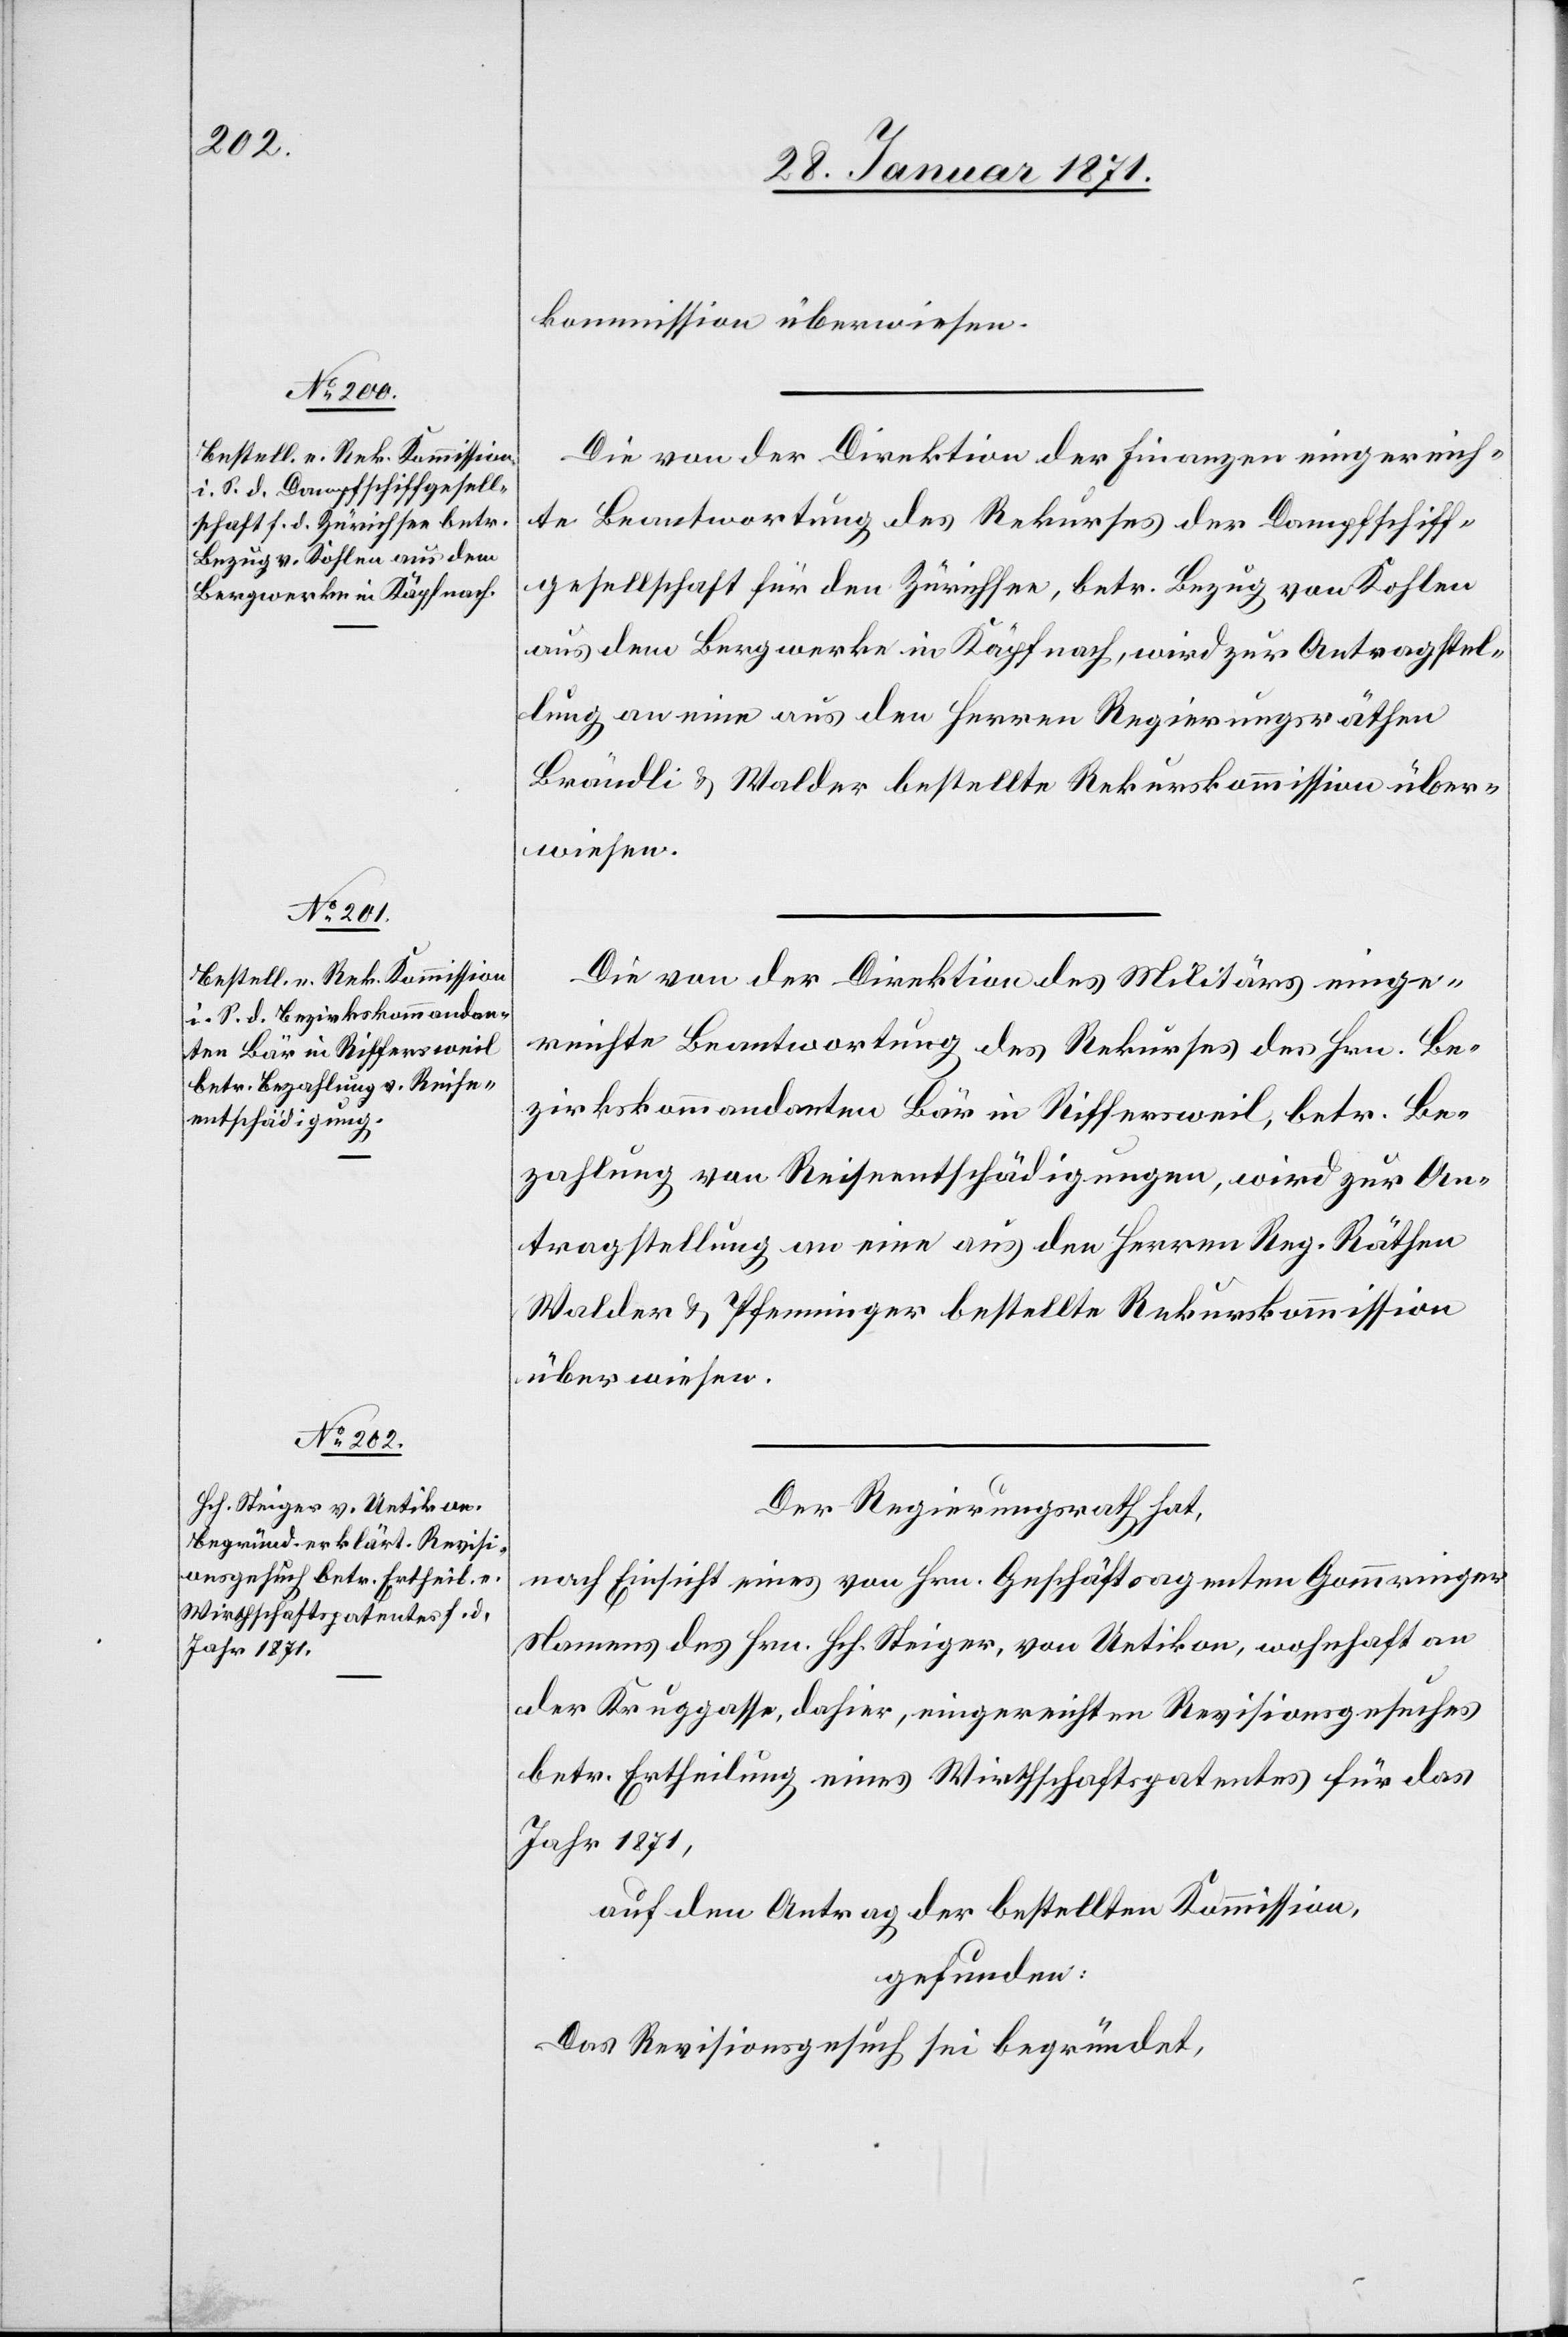
kommission überwiesen.
Die von der Direktion der Finanzen eingereich¬
te Beantwortung des Rekurses der Dampfschiff¬
gesellschaft für den Zürichsee, betr. Bezug von Kohlen
aus dem Bergwerke in Käpfnach, wird zur Antragstel¬
lung an eine aus den Herren Regierungsräthen
Brändli u. Walder bestellte Rekurskommission über¬
wiesen.
Die von der Direktion des Militärs einge¬
reichte Beantwortung des Rekurses des Hrn. Be¬
zirkskommandanten Bär in Riffersweil, betr. Be¬
zahlung von Reiseentschädigungen, wird zur An¬
tragstellung an eine aus den Herren Reg. Räthen
Walder u. Pfenninger bestellte Rekurskommission
überwiesen.
Der Regierungsrath hat,
nach Einsicht eines von Hrn. Geschäftsagenten Gommaringer
Namens des Hrn. Hch. Steiger, von Uetikon, wohnhaft an
der Kruggasse, dahier, eingereichten Revisionsgesuches
betr. Ertheilung eines Wirthschaftspatentes für das
Jahr 1871,
auf den Antrag der bestellten Kommission,
gefunden:
Das Revisionsgesuch sei begründet,